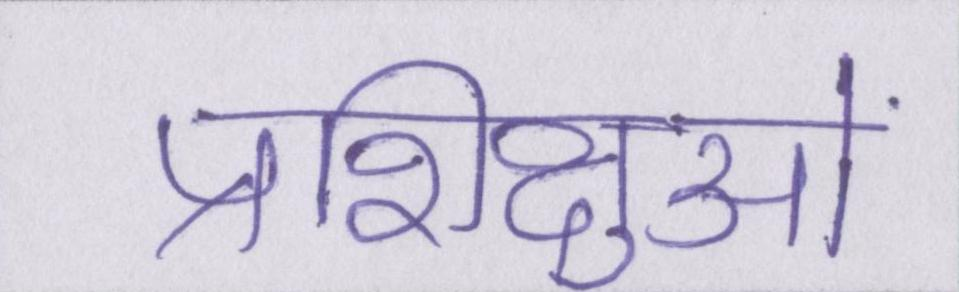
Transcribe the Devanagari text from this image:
प्रशिक्षुओं